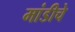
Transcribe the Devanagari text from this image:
मांडीचे